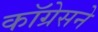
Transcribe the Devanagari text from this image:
कॉग्रेसने